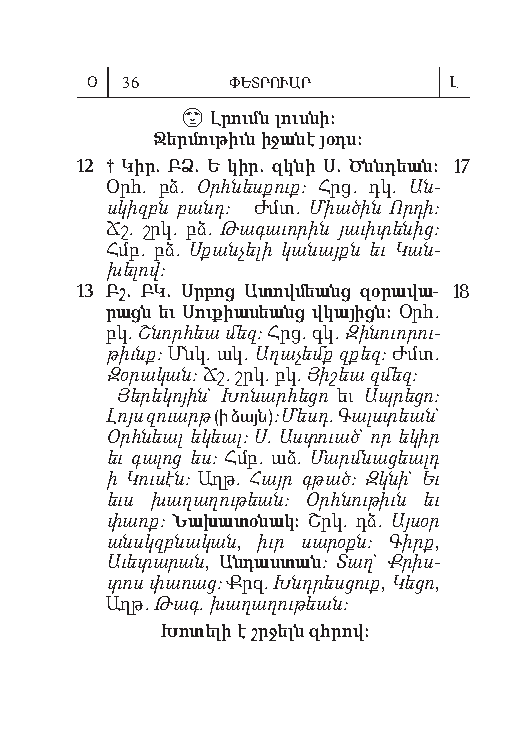
Օ 36     ՓԵՏՐՈՒԱՐ       Լ
 
 Լ րումն լուս նի:
 Ջեր մու թիւն ի ջա նէ յօդս:
 12 † Կիր. ԲՁ. Ե կիր. զկնի Ս. Ծննդեան: 17
 Օրհ. բձ. Օրհնեսքուք: Հրց. դկ. Ան­
 սկիզբն բանդ: Ժմտ. Միա ծին Որդ ի:
 Ճշ. շրկ. բձ. Թագաւորին յաւիտենից:
 Հմբ. բձ. Սքանչելի կանայքն եւ Կան­
 խել ով:
 13 Բշ. ԲԿ. Սր բոց Ա տով մեանց զօ րա վա- 18
 րացն եւ Սու քիա սեանց վկա յիցն: Օրհ.
 բկ. Շնորհեա մեզ: Հրց. գկ. Զի նուոր ու­
 թիւնք: Մնկ. ակ. Ա ղաչ եմք զքեզ: Ժմտ.
 Զօր ա կան: Ճշ. շրկ. բկ. Յիշեա զմեզ:
 Յեր եկ ոյ ին` Խո նար հեց ո եւ Ապ րեց ո:
 Լոյս զուարթ (ի ձայն): Մեսդ. Գալ ստեան`
 Օրհ նեալ ե կեալ: Ս. Աստ ուած` որ եկ իր
 եւ գա լոց ես: Հմբ. աձ. Մարմնա ցեալդ
 ի Կուս էն: Աղթ. Հայր գթած: Զկն ի` Եւ
 եւս խա ղաղ ութ եան: Օրհն ութ իւն եւ
 փառք: Նախ ատ օն ակ: Շրկ. դձ. Այս օր
 անսկզբնա կան, իւր սար օքն: Գիրք,
 Աւ ետ ար ան, Անդ աստ ան: Տաղ` Ք րիս­
 տոս փա ռաց: Քրզ. Խնդր եսց ուք, Կե ցո,
 Աղթ. Թագ. խաղ ա ղու թեան:
 Խո տե լի է շրջելն զհրով: